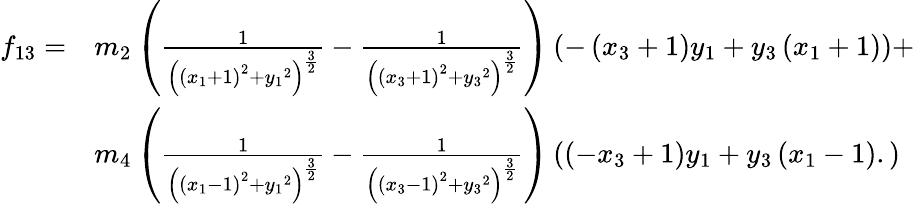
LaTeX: \begin{array}{ll}{f_{13}=}&{{m_{2}}\left(\frac{1}{\left(\left({x_{1}}+1\right)^{2}+{y_{1}}^{2}\right)^{\frac{3}{2}}}-\frac{1}{\left(\left({x_{3}}+1\right)^{2}+{y_{3}}^{2}\right)^{\frac{3}{2}}}\right)\left(-\left({x_{3}}+1\right){y_{1}}+{y_{3}}\left({x_{1}}+1\right)\right)+}\\ &{{m_{4}}\left(\frac{1}{\left(\left({x_{1}}-1\right)^{2}+{y_{1}}^{2}\right)^{\frac{3}{2}}}-\frac{1}{\left(\left({x_{3}}-1\right)^{2}+{y_{3}}^{2}\right)^{\frac{3}{2}}}\right)\left(\left(-{x_{3}}+1\right){y_{1}}+{y_{3}}\left({x_{1}}-1\right).\right)}\end{array}